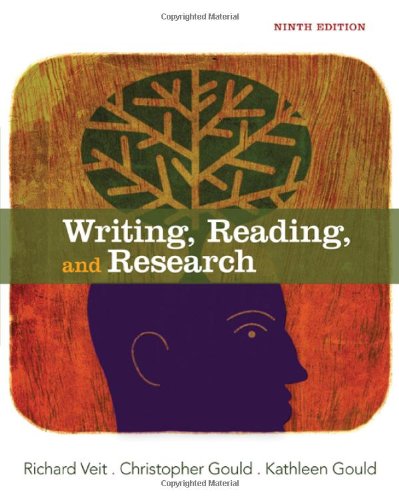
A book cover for Writing, Reading, and Research; Richard Veit; Reference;